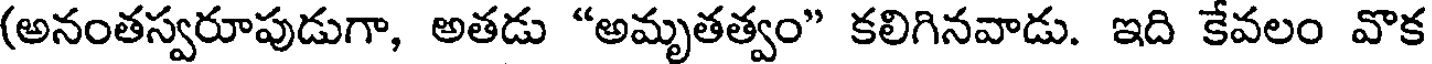
(అనంతస్వరూపుడుగా, అతడు "అమృతత్వం" కలిగినవాడు. ఇది కేవలం వొక